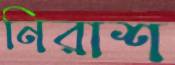
নিরাশ